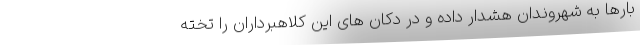
بارها به شهروندان هشدار داده و در دکان های این کلاهبرداران را تخته